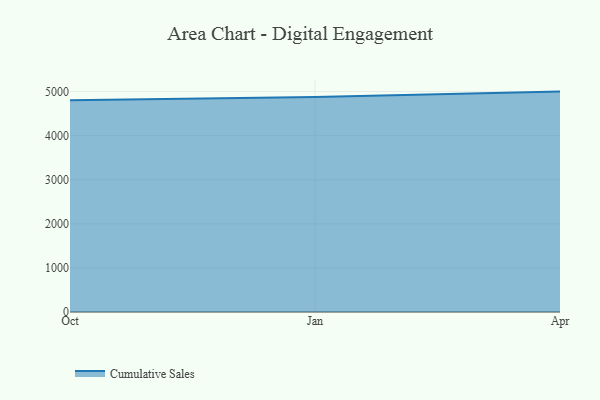
{"axis": {"x": "Month", "y": "Market Share (%)"}, "legend": ["Cumulative Sales"], "data": [{"x": "Oct", "y": 4802.9, "type": "Cumulative Sales"}, {"x": "Jan", "y": 4878.9, "type": "Cumulative Sales"}, {"x": "Apr", "y": 4999.1, "type": "Cumulative Sales"}]}